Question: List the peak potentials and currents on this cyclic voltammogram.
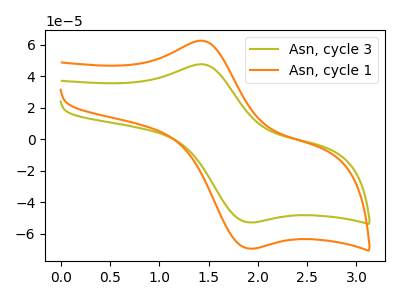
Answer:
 <answer>The olive curve "Asn, cycle 3" has an anodic peak at (1.45V, 47.60uA) and a cathodic peak at (1.90V, -52.90uA). The orange curve "Asn, cycle 1" has an anodic peak at (1.45V, 62.60uA) and a cathodic peak at (1.90V, -69.50uA).</answer>
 <eval></eval>